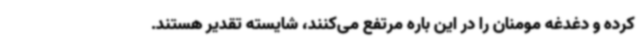
کرده و دغدغه مومنان را در این باره مرتفع می‌کنند، شایسته تقدیر هستند.